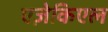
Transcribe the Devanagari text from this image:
एज़ेकिएल